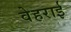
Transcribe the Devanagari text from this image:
वेहराई